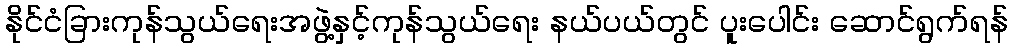
နိုင်ငံခြားကုန်သွယ်ရေးအဖွဲ့နှင့်ကုန်သွယ်ရေး နယ်ပယ်တွင် ပူးပေါင်း ဆောင်ရွက်ရန်